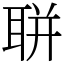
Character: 聠